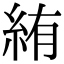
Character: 絠